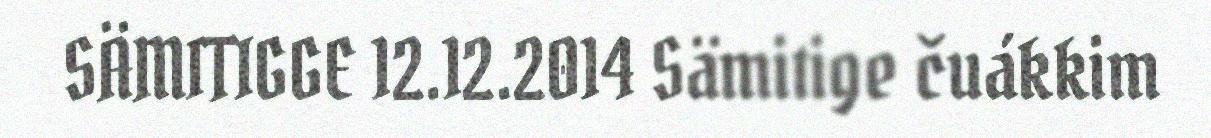
SÄMITIGGE 12.12.2014 Sämitige čuákkim